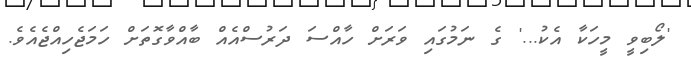
'ލޯބިވީ މީހަކާ އެކު...' ގެ ނަމުގައި ވަރަށް ހާއްސަ ދަރުސްއެއް ބާއްވާގޮތަށް ހަމަޖެހިއްޖެއެވެ.